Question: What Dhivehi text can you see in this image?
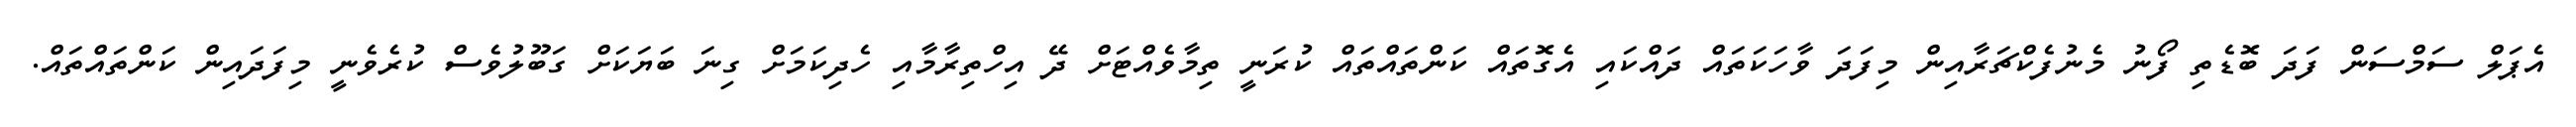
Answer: އެޕަލް ސަމްސަން ފަދަ ބޮޑެތި ފޯނު މެނުފެކްޗަރާއިން މިފަދަ ވާހަކަތައް ދައްކައި އެގޮތައް ކަންތައްތައް ކުރަނީ ތިމާވެއްޓަށް ދޭ އިހްތިރާމާއި ހެދިކަމަށް ގިނަ ބަޔަކަށް ގަބޫލުވެސް ކުރެވެނީ މިފަދައިން ކަންތައްތައް.